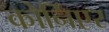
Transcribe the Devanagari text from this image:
कोर्निएर